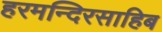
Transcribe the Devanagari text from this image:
हरमन्दिरसाहिब